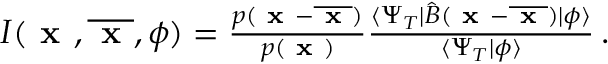
\begin{array} { r } { I ( \textbf { x } , \overline { { \textbf { x } } } , \phi ) = \frac { p ( \textbf { x } - \overline { { \textbf { x } } } ) } { p ( \textbf { x } ) } \frac { \langle \Psi _ { T } | \hat { B } ( \textbf { x } - \overline { { \textbf { x } } } ) | \phi \rangle } { \langle \Psi _ { T } | \phi \rangle } \, . } \end{array}